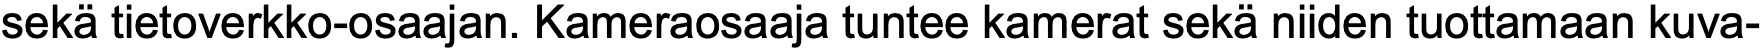
sekä tietoverkko-osaajan. Kameraosaaja tuntee kamerat sekä niiden tuottamaan kuva-